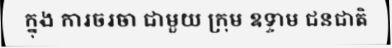
ក្នុង ការចរចា ជាមួយ ក្រុម ឧទ្ទាម ជនជាតិ